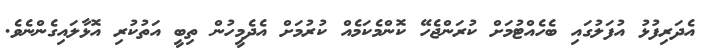
އެދަރިފުޅު އުފަލުގައި ބެހެއްޓުމަށް ކުރަންޖެހޭ ކޮންމެކަމެއް ކުރުމަށް އެދެމީހުން ތިބީ އަތުކުރި އޮޅާލައިގެންނެވެ.